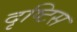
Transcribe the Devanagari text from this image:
दृष्टिस